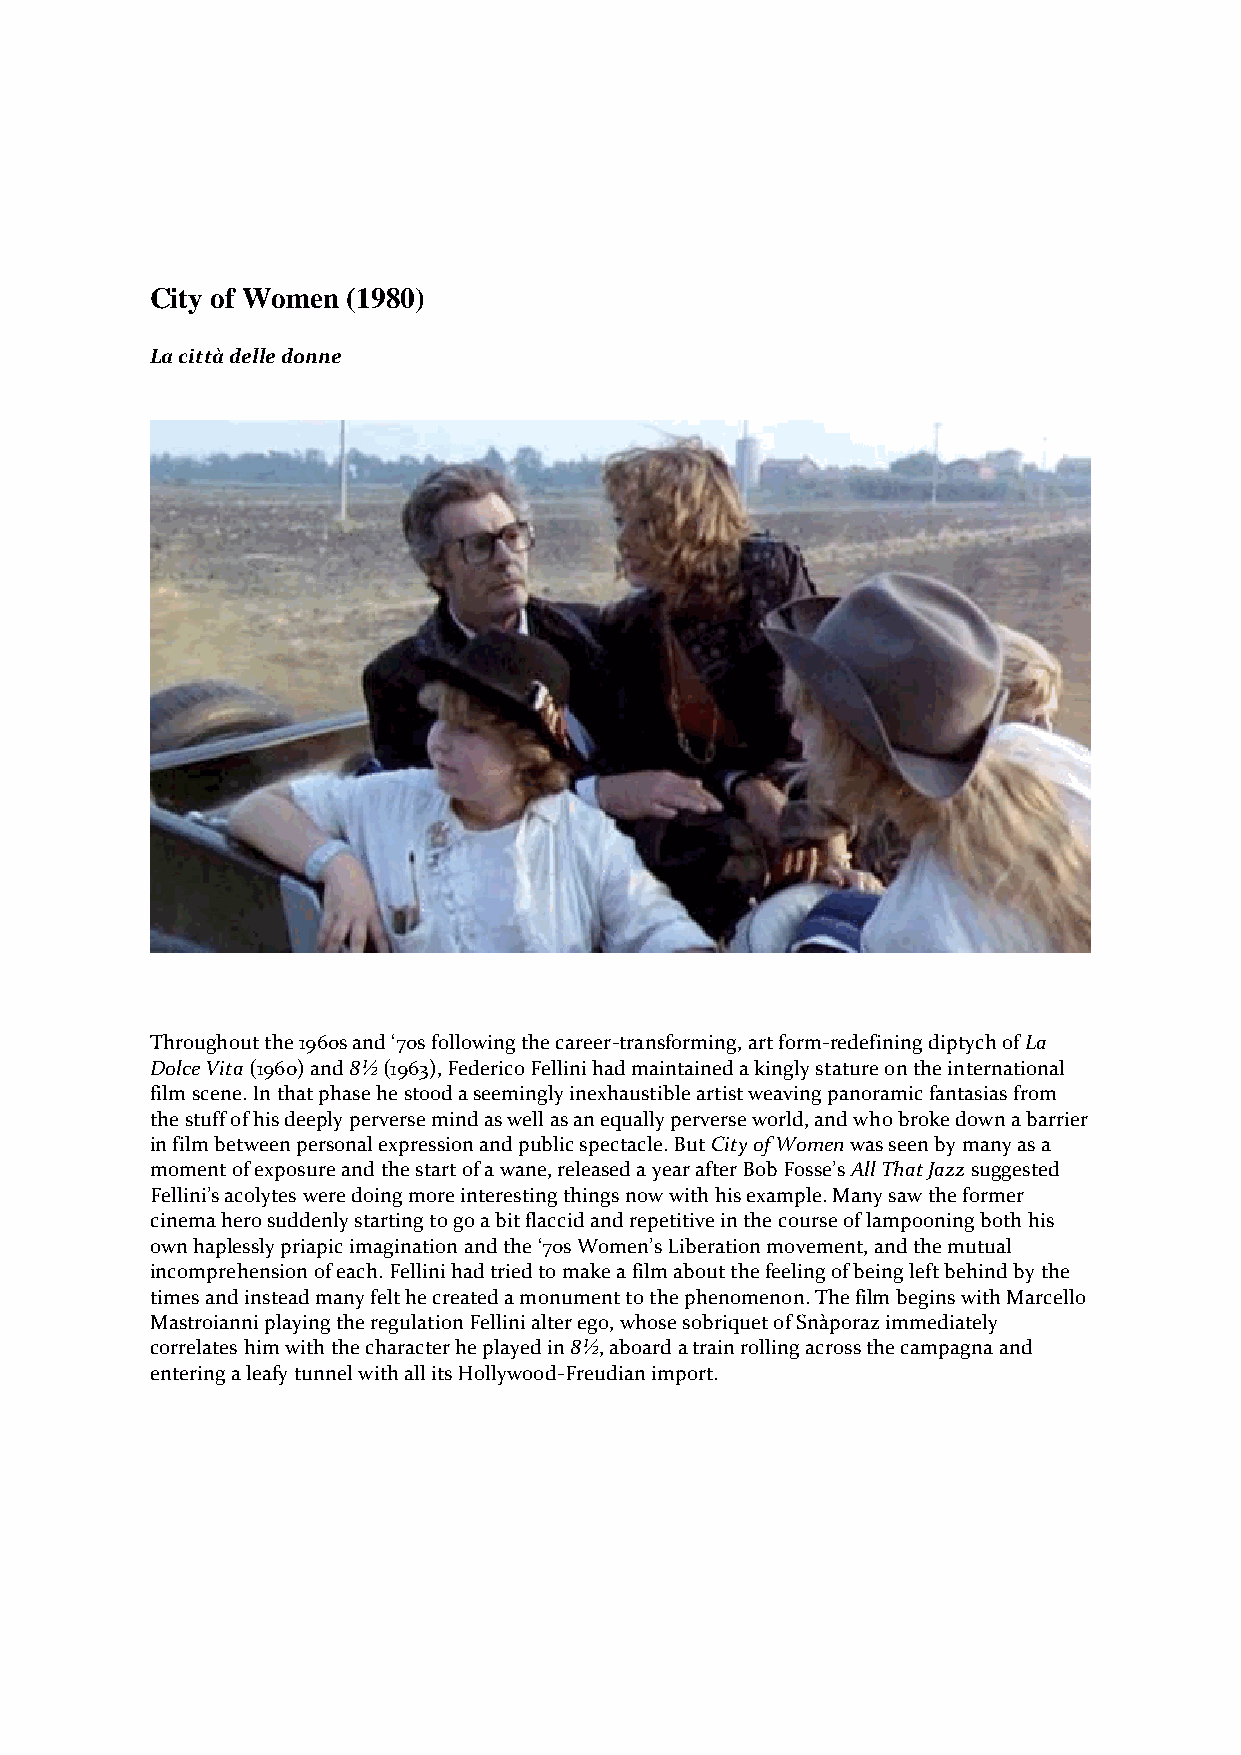
City of Women (1980)
 La città delle donne
 Throughout the 1960s and ‘70s following the career-transforming, art form-redefining diptych of La
 Dolce Vita (1960) and 8½ (1963), Federico Fellini had maintained a kingly stature on the international
 film scene. In that phase he stood a seemingly inexhaustible artist weaving panoramic fantasias from
 the stuff of his deeply perverse mind as well as an equally perverse world, and who broke down a barrier
 in film between personal expression and public spectacle. But City of Women was seen by many as a
 moment of exposure and the start of a wane, released a year after Bob Fosse’s All That Jazz suggested
 Fellini’s acolytes were doing more interesting things now with his example. Many saw the former
 cinema hero suddenly starting to go a bit flaccid and repetitive in the course of lampooning both his
 own haplessly priapic imagination and the ‘70s Women’s Liberation movement, and the mutual
 incomprehension of each. Fellini had tried to make a film about the feeling of being left behind by the
 times and instead many felt he created a monument to the phenomenon. The film begins with Marcello
 Mastroianni playing the regulation Fellini alter ego, whose sobriquet of Snàporaz immediately
 correlates him with the character he played in 8½, aboard a train rolling across the campagna and
 entering a leafy tunnel with all its Hollywood-Freudian import.